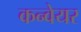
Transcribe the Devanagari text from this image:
कन्‍वेयर